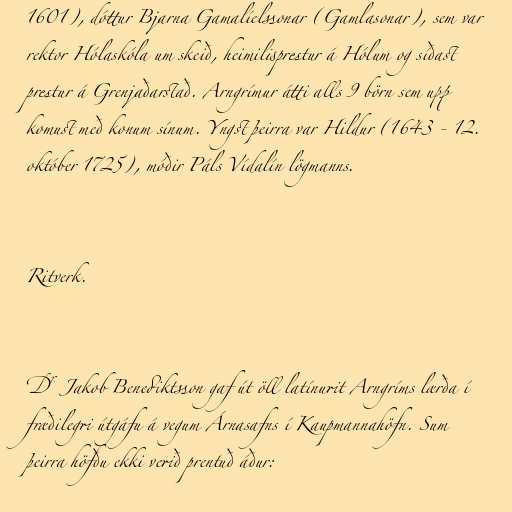
1601), dóttur Bjarna Gamalíelssonar (Gamlasonar), sem var
rektor Hólaskóla um skeið, heimilisprestur á Hólum og síðast
prestur á Grenjaðarstað. Arngrímur átti alls 9 börn sem upp
komust með konum sínum. Yngst þeirra var Hildur (1643 - 12.
október 1725), móðir Páls Vídalín lögmanns.

Ritverk.

Dr. Jakob Benediktsson gaf út öll latínurit Arngríms lærða í
fræðilegri útgáfu á vegum Árnasafns í Kaupmannahöfn. Sum
þeirra höfðu ekki verið prentuð áður: